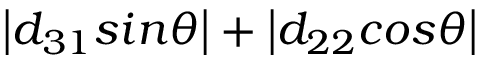
\left| d _ { 3 1 } s i n \theta \right| + \left| d _ { 2 2 } c o s \theta \right|